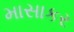
માસાકર